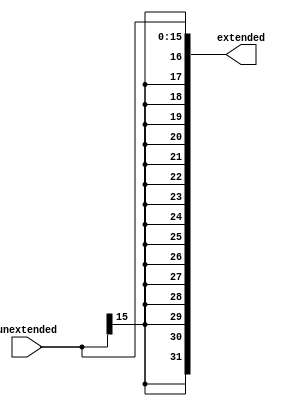
module SignExtend(
	input [15:0] unextended,
	output [31:0] extended);
	
	assign extended = {{(16){unextended[15]}},unextended[15:0]};
	
endmodule